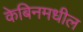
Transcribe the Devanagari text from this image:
केबिनमधील